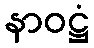
နာဝဋ္ဌံ